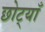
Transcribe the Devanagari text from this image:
छोट्याँ